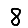
Digit: 8